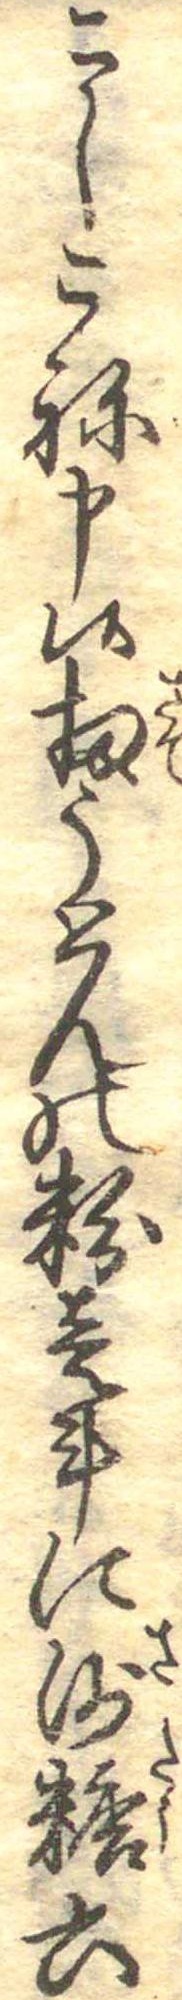
こしこね申候扨うとんの粉壱斗に沙糖六